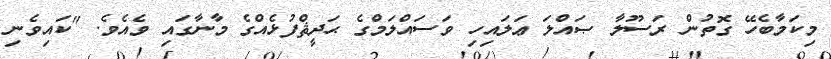
މިކަމާބެހޭ ގޮތުން ރަސޫލާ ޞައްލަ ޢަލައިހި ވަސައްލަމްގެ ޙަދީޘްފުޅެއްގެ މާނާގައި ވެއެވެ. "ކައިވެނި